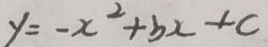
y = - x ^ { 2 } + b x + c